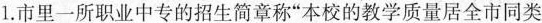
1.市里一所职业中专的招生简章称”本校的教学质量居全市同类